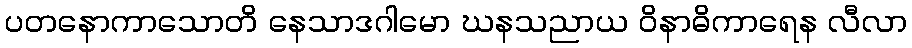
ပတနောကာသောတိ နေသာဒဂါမော ဃနသညာယ ဝိနာဓိကာရေန လီလာ